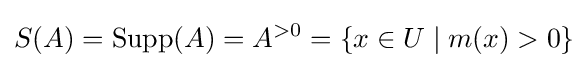
S(A)=\operatorname {Supp} (A)=A^{>0}=\{x\in U\mid m(x)>0\}